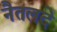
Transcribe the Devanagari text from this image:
नैतलदे